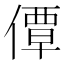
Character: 𫣗